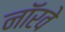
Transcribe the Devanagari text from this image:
नाॅरवे